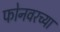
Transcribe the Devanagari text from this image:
फोनवरच्या